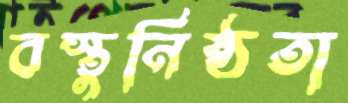
বস্তুনিষ্ঠতা